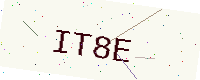
Text: IT8E